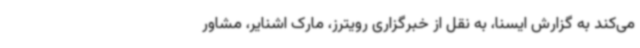
می‌کند به گزارش ایسنا، به نقل از خبرگزاری رویترز، مارک اشنایر، مشاور